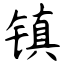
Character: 镇